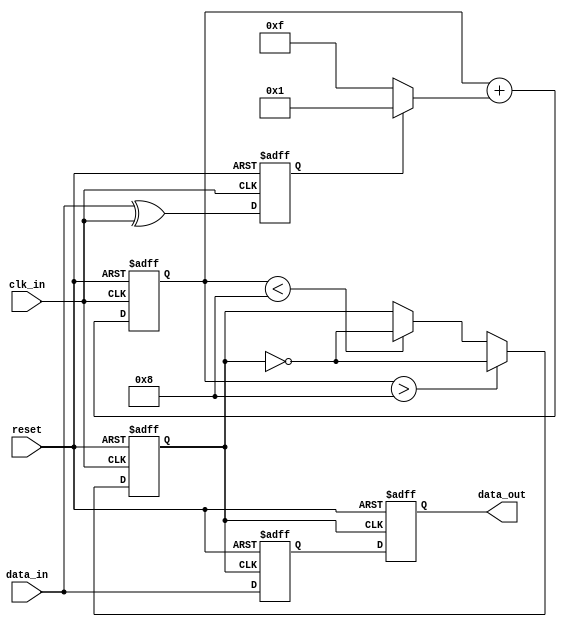
module pll_synchronizer (
    input wire clk_in,        // Incoming clock signal
    input wire data_in,       // Incoming data signal
    input wire reset,         // Reset signal
    output reg data_out       // Synchronized output data
);

    // Phase Detector
    reg phase_error;
    always @(posedge clk_in or posedge reset) begin
        if (reset) begin
            phase_error <= 0;
        end else begin
            // Simple phase comparison (assuming clk_in is a reference clock)
            // Here we assume that the incoming data is sampled on the rising edge of clk_in
            phase_error <= data_in ^ clk_in; // XOR to determine phase difference
        end
    end

    // Loop Filter (Simple proportional)
    reg [3:0] control_voltage; // 4-bit control voltage for VCO
    always @(posedge clk_in or posedge reset) begin
        if (reset) begin
            control_voltage <= 4'b0000;
        end else begin
            // Simple proportional filter
            control_voltage <= control_voltage + (phase_error ? 1 : -1);
        end
    end

    // Voltage-Controlled Oscillator (VCO)
    reg vco_clk;
    always @(posedge clk_in or posedge reset) begin
        if (reset) begin
            vco_clk <= 0;
        end else begin
            // Adjust frequency based on control voltage
            // For simplicity, we toggle vco_clk based on control_voltage
            if (control_voltage > 4'b1000) begin
                vco_clk <= ~vco_clk; // Increase frequency
            end else if (control_voltage < 4'b1000) begin
                vco_clk <= ~vco_clk; // Decrease frequency
            end
        end
    end

    // Data Sampling Circuit
    reg sampled_data;
    always @(posedge vco_clk or posedge reset) begin
        if (reset) begin
            sampled_data <= 0;
        end else begin
            sampled_data <= data_in; // Sample data on VCO clock edges
        end
    end

    // Output Buffer
    always @(posedge vco_clk or posedge reset) begin
        if (reset) begin
            data_out <= 0;
        end else begin
            data_out <= sampled_data; // Buffer the sampled data
        end
    end

endmodule